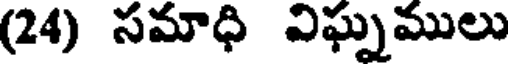
(24) సమాధి విఘ్నములు